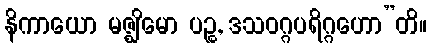
နိကာယော မဇ္ဈိမော ပဉ္စ, ဒသဝဂ္ဂပရိဂ္ဂဟော”တိ။